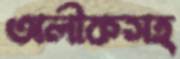
অলীকসহ